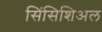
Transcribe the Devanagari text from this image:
सिंसिशिअल